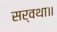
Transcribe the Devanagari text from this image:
सर्वथा॥